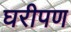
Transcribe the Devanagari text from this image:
घरीपण